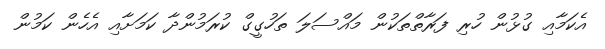
އެކަމާއި ގުޅުން ހުރި ފަރާތްތަކުން މައްސަލަ ތަހުގީގް ކުރަމުންދާ ކަމަށާއި އެހެން ކަމުން